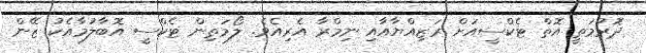
ދޮރުމަތީ އޮތް ޓެކްސީއަށް ރަޒިއްޔާއާއި ނިމްރާ އެރިއެވެ. ލޯމަތިން ޓެކްސީ އޮބާލުމާއެކު ޒޭން